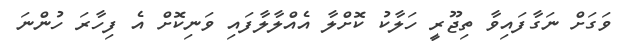
ވަގަށް ނަގާފައިވާ ތިޖޫރީ ހަލާކު ކޮށްލާ އެއްލާލާފައި ވަނިކޮށް އެ ފިހާރަ ހުންނަ